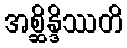
အစ္ဆိန္ဒိဿတိ